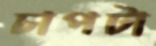
চাপটা